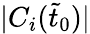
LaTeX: |C_{i}(\tilde{t}_{0})|